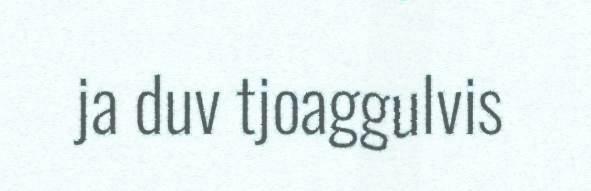
ja duv tjoaggulvis